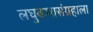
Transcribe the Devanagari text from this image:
लघुकथासंग्रहाला